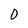
Character: O